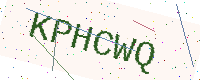
Text: KPHCWQ